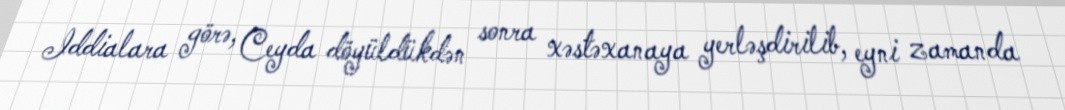
Iddialara görə, Ceyda döyüldükdən sonra xəstəxanaya yerləşdirilib, eyni zamanda